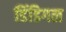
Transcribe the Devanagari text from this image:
डिंडिगल